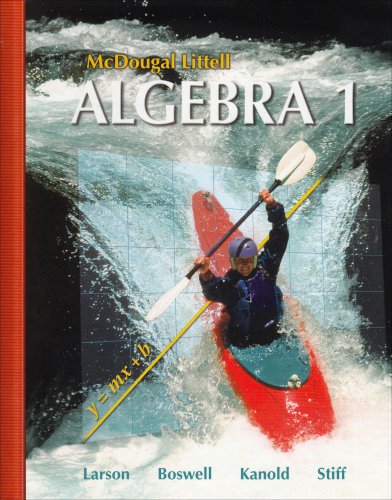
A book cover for McDougal Littell Algebra 1 (McDougal Littell Mathematics); MCDOUGAL LITTEL; Teen & Young Adult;